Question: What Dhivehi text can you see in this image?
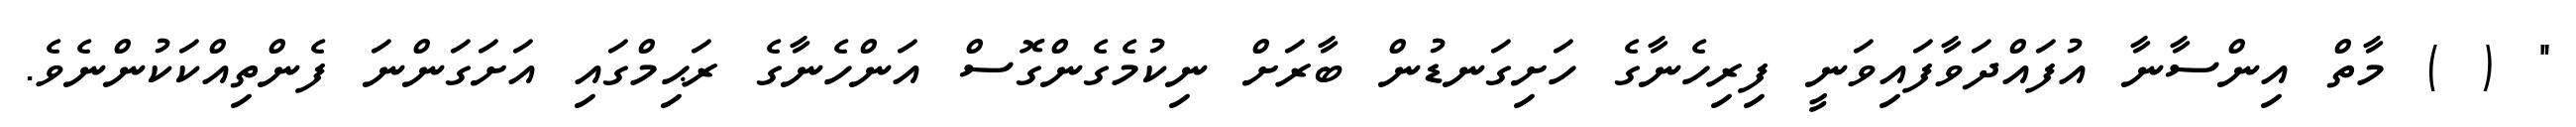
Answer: " ( ) މާތް އިންސާނާ އުފައްދަވާފައިވަނީ ފިރިހެނާގެ ހަށިގަނޑުން ބާރަށް ނިކުމެގެންގޮސް އަންހެނާގެ ރަޙިމްގައި އަށަގަންނަ ފެންތިއްކަކުންނެވެ.